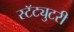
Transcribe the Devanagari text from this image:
स्टॅट्युटरी